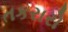
તકરારો